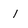
Character: 1